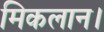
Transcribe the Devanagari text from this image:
मिकलान।